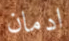
ادمان